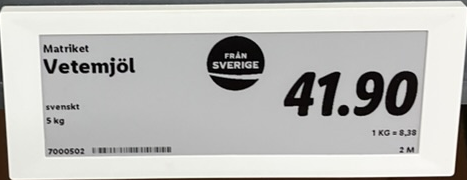
Vara: Vetemjöl
Genomsnittspris: 8.38 per kg